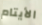
الأيتام